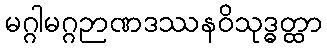
မဂ္ဂါမဂ္ဂဉာဏဒဿနဝိသုဒ္ဓတ္ထာ